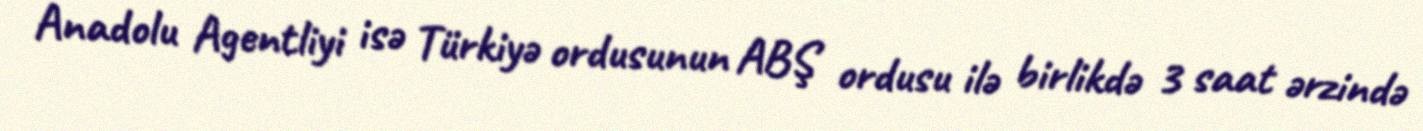
Anadolu Agentliyi isə Türkiyə ordusunun ABŞ ordusu ilə birlikdə 3 saat ərzində